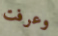
وعرفت